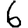
Digit: 6